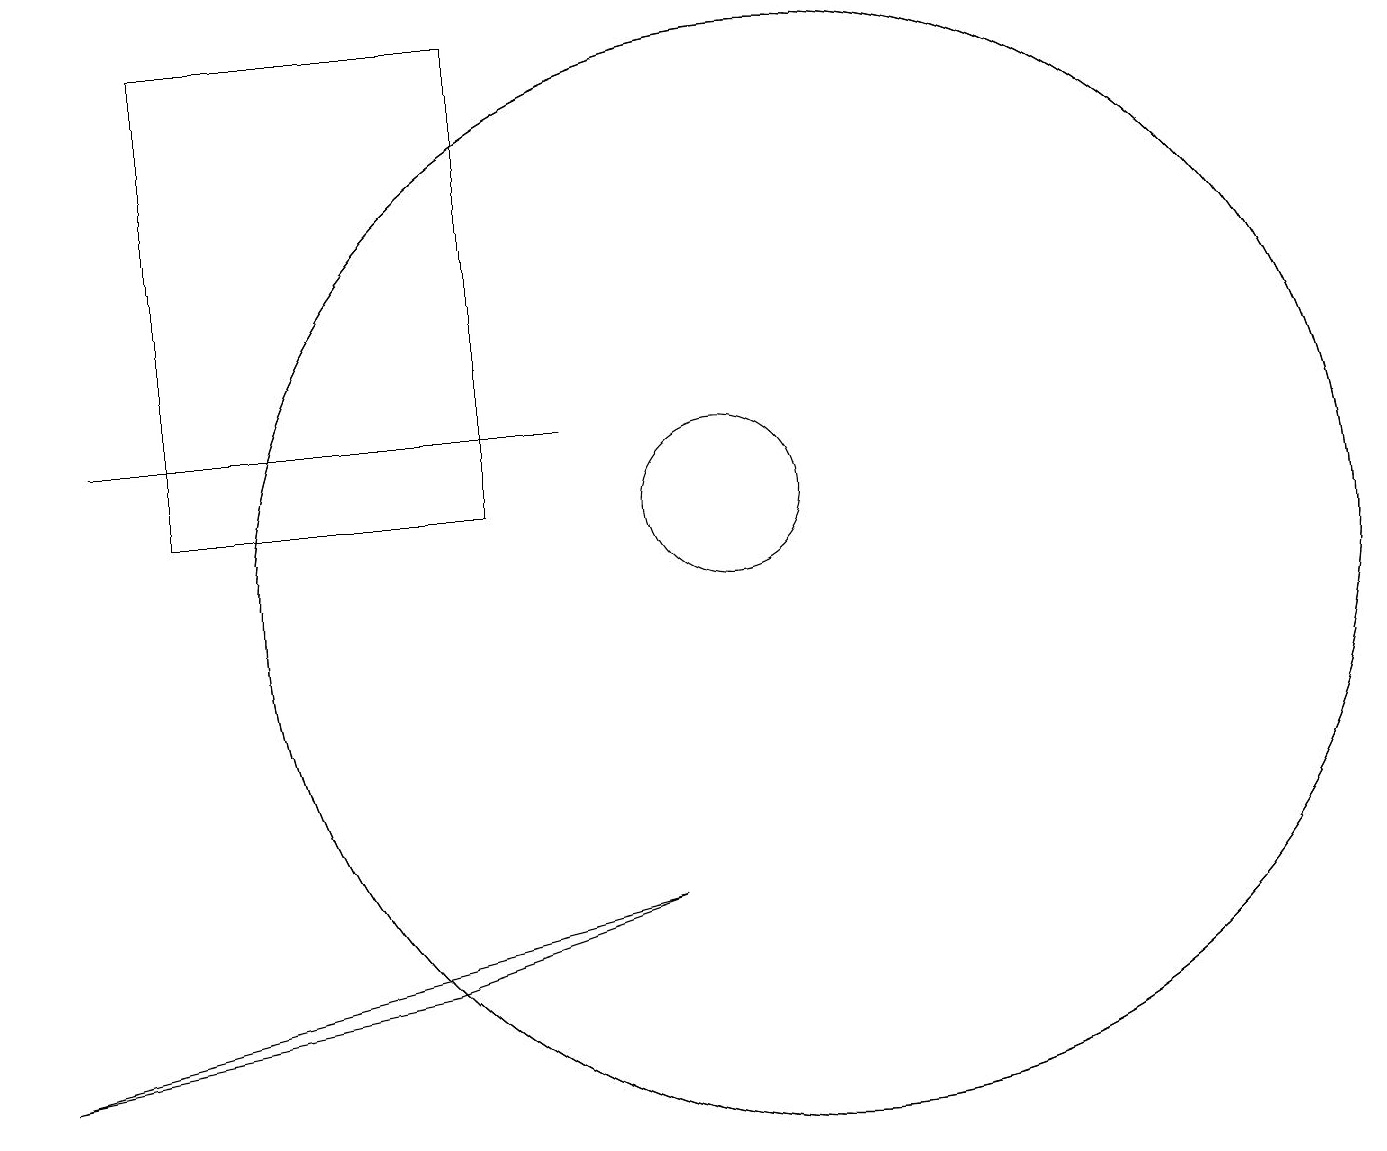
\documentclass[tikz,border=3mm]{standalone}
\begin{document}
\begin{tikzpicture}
\draw (11,10) circle (7);
\draw (10,11) circle (1);
\draw (11,10) circle (7);
\draw (6,5) -- (9,6) -- (1,4) -- cycle;
\draw (3,11) rectangle (7,17);
\draw (8,12) rectangle (2,12);
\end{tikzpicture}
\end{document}